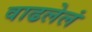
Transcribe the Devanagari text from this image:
वाढलेलं